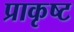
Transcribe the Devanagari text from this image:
प्राकृष्ट